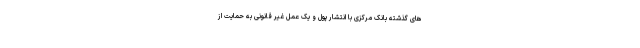
های گذشته بانک مرکزی با انتشار پول و یک عمل غیر قانونی به حمایت از